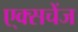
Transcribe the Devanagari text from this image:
ए्क्सचेंज